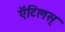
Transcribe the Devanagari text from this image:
ऍंटिलस्‌